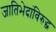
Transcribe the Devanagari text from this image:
जातिभेदांविरुद्ध